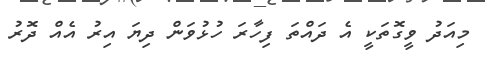
މިއަދު ވީގޮތަކީ އެ ދައްތަ ފިހާރަ ހުޅުވަން ދިޔަ އިރު އެއް ދޮރު